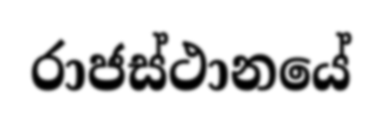
රාජස්ථානයේ